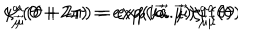
LaTeX: \psi _ { \vec { \mu } } ^ { a } ( \theta + 2 \pi ) = e x p ( i \vec { a } . \vec { \mu } ) \psi _ { \vec { \mu } } ^ { a } ( \theta ) \hspace { . 6 i n } \zeta _ { \vec { \mu } } ^ { a } ( \theta + 2 \pi ) = e x p ( i \vec { a } . \vec { \mu } ) \zeta _ { \vec { \mu } } ^ { a } ( \theta )